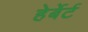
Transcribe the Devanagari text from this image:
हेर्बेर्ट